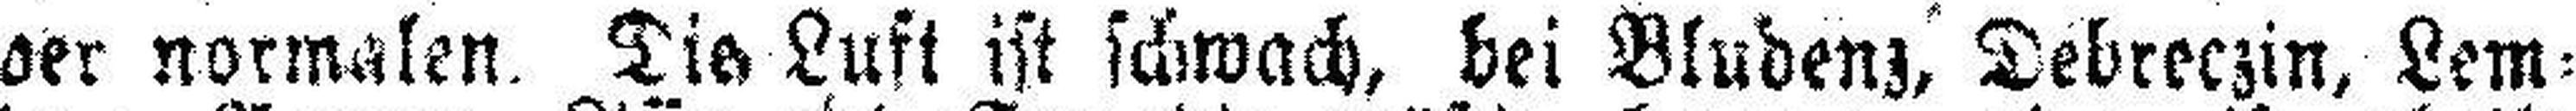
der normalen. Die Luft ist schwach, bei Bludenz, Debreczin, Lem¬